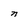
Character: n